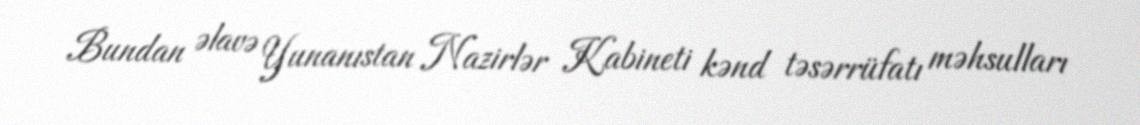
Bundan əlavə Yunanıstan Nazirlər Kabineti kənd təsərrüfatı məhsulları